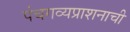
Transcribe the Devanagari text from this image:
पंचगव्यप्राशनाची